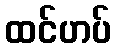
ထင်ဟပ်